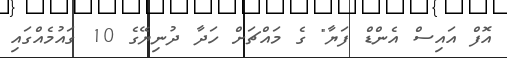
އޮފް އައިސް އެންޑް ފަޔާ" ގެ މައްޗަށް ހަދާ ދުނިޔޭގެ 10 ގައުމެއްގައި